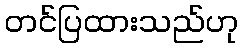
တင်ပြထားသည်ဟု